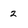
Character: 2